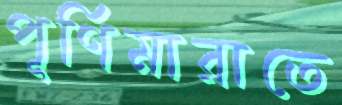
পূর্ণিমারাতে